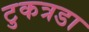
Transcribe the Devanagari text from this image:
टुकत्रडा